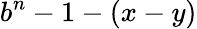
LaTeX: b^{n}-1-(x-y)